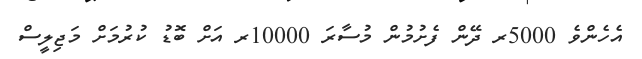
އެހެންވެ 5000ރ ދޭން ފެށުމުން މުސާރަ 10000ރ އަށް ބޮޑު ކުރުމަށް މަޖިލީސް